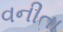
વનીતા